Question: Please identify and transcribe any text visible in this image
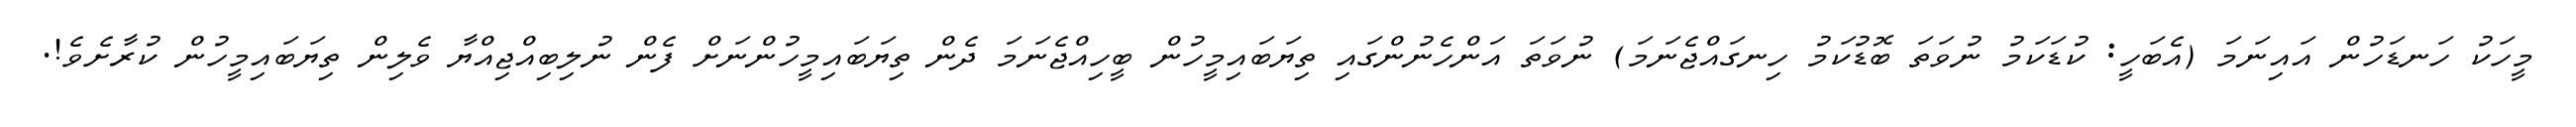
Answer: މީހަކު ހަނޑަހުން އައިނަމަ (އެބަހީ: ކުޑަކަމު ނުވަތަ ބޮޑުކަމު ހިނގައްޖެނަމަ) ނުވަތަ އަންހެނުންގައި ތިޔަބައިމީހުން ބީހިއްޖެނަމަ ދެން ތިޔަބައިމީހުންނަށް ފެން ނުލިބިއްޖިއްޔާ ވެލިން ތިޔަބައިމީހުން ކުރާށެވެ!.